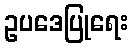
ဥပဒေပြုရေး